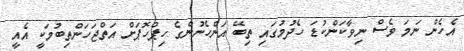
އެހެން ނަމަ ވެސް ނިވާކަންކުޑަ ހެދުމުގައި ތިބޭ އަންހެނުންގެ ހިޕްހޮޕަށް އަތްޖަހަންތިބުމަކީ އެއީ